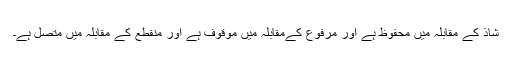
شاذ کے مقابلہ میں محفوظ ہے اور مرفوع کےمقابلہ میں موقوف ہے اور منقطع کے مقابلہ میں متصل ہے۔